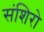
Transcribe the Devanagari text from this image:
संशिरो